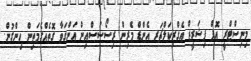
މިނިސްޓްރީ އޮފް ފިޝަރީޒް އެގްރިކަލްޗަރ އެންޑް މެރިން ރިސޯސަސްއިން އަންގަވާ ގޮތެއްގެމަތިން ހިންގުން.